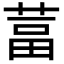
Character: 葍